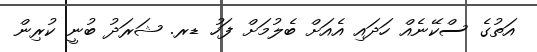
އަތުގެ ސްކޭނެއް ހަދައި އެއަަށް ބެލުމަށް ފަހު ޑރ. ޝަރަދު ބުނީ ކުރިން